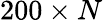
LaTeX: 200\times N